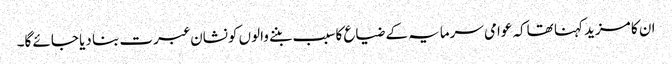
ان کا مزید کہنا تھاکہ عوامی سرمایہ کے ضیاع کا سبب بننے والوں کونشان عبرت بنا دیا جائے گا۔